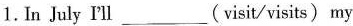
1. In July I'll ___ (visit/visits) my